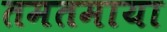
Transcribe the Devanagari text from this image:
तमतमाया